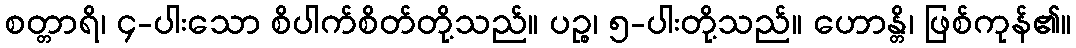
စတ္တာရိ၊ ၄-ပါးသော စိပါက်စိတ်တို့သည်။ ပဉ္စ၊ ၅-ပါးတို့သည်။ ဟောန္တိ၊ ဖြစ်ကုန်၏။